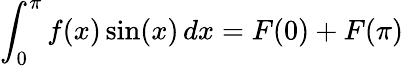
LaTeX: \int_{0}^{\pi}f(x)\sin(x)\, dx=F(0)+F(\pi)